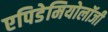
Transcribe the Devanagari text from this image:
एपिडेमियोलॉजी